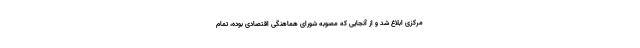
مرکزی ابلاغ شد و از آنجایی که مصوبه شورای هماهنگی اقتصادی بوده، تمام